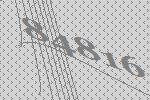
84816